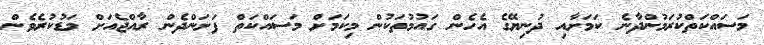
މަސައްކަތްކުރަމުންދާނެ ކަމަށާއި ދުނިޔޭގެ އެހެން ގައުމުތަކުން މިކަމަށް މަސައްކަތް ފަށަންދެން ރާއްޖެއަށް މަޑުކުރެވެން